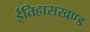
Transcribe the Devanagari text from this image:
ईतिहासखण्ड